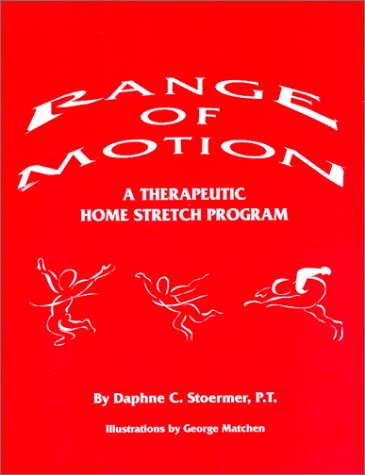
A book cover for Range Of Motion; Daphne C. Stoermer; Health, Fitness & Dieting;